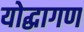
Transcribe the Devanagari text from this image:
योद्धागण